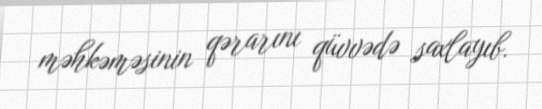
məhkəməsinin qərarını qüvvədə saxlayıb.